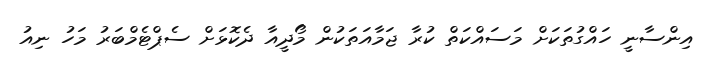
އިންސާނީ ހައްގުތަކަށް މަސައްކަތް ކުރާ ޖަމާއަތަކުން މޯދީއާ ދެކޮޅަށް ސެޕްޓެމްބަރު މަހު ނިއު